Indian journal of veterinary science and animal husbandry - Volume 5,
Year: 1935
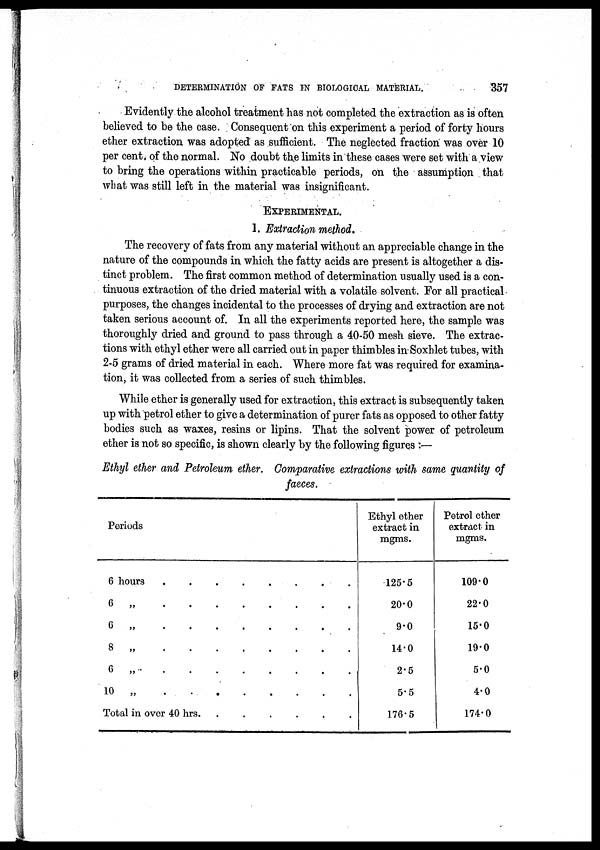
DETERMINATION OF FATS IN BIOLOGICAL MATERIAL.
357
Evidently the alcohol treatment has not completed the extraction as is often
believed to be the case. Consequent on this experiment a period of forty hours
ether extraction was adopted as sufficient. The neglected fraction was over 10
per cent. of the normal. No doubt the limits in these cases were set with a view
to bring the operations within practicable periods, on the assumption that
what was still left in the material was insignificant.
EXPERIMENTAL.
1. Extraction method.
The recovery of fats from any material without an appreciable change in the
nature of the compounds in which the fatty acids are present is altogether a dis-
tinct problem. The first common method of determination usually used is a con-
tinuous extraction of the dried material with a volatile solvent. For all practical
purposes, the changes incidental to the processes of drying and extraction are not
taken serious account of. In all the experiments reported here, the sample was
thoroughly dried and ground to pass through a 40-50 mesh sieve. The extrac-
tions with ethyl ether were all carried out in paper thimbles in Soxhlet tubes, with
2-5 grams of dried material in each. Where more fat was required for examina-
tion, it was collected from a series of such thimbles.
While ether is generally used for extraction, this extract is subsequently taken
up with petrol ether to give a determination of purer fats as opposed to other fatty
bodies such as waxes, resins or lipins. That the solvent power of petroleum
ether is not so specific, is shown clearly by the following figures :—
Ethyl ether and Petroleum ether. Comparative extractions with same quantity of
faeces.
Periods
6 hours
.
.
.
.
.
.
.
.
6
„
.
.
.
.
.
.
.
.
6
„
.
.
.
.
.
.
.
.
8
„
.
.
.
.
.
.
.
.
6
„
.
.
.
.
.
.
.
.
10
„
.
.
.
.
.
.
.
.
Total in over 40 hrs.
.
.
.
.
.
.
.
.
Ethyl ether
extract in
mgms.
125.5
20.0
9.0
14.0
2.5
5.5
176.5
Petrol ether
extract in
mgms.
109.0
22.0
15.0
19.0
5.0
4.0
174.0